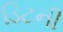
ડિટની